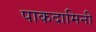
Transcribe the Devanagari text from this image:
पाकदामिनी